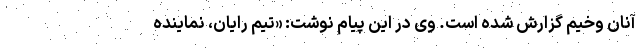
آنان وخیم گزارش شده است. وی در این پیام نوشت: «تیم رایان، نماینده